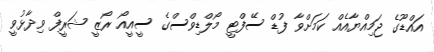
އައްޑޫގެ ޖަމިއްޔާއެއް ކަމަށްވާ ފުޑް ސޭފްޓީ މޯލްޑިވްސްގެ ސީއީއޯ ރޯޒީ ޝަރީފް ވިދާޅުވީ